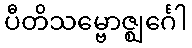
ပီတိသမ္ဗောဇ္ဈင်္ဂေါ